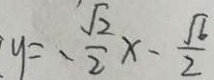
y = - \frac { \sqrt { 2 } } { 2 } x - \frac { \sqrt { 6 } } { 2 }